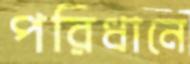
পরিধানে